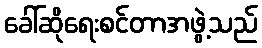
ခေါ်ဆိုရေးစင်တာအဖွဲ့သည်